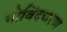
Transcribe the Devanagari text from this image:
गोविंदचरण